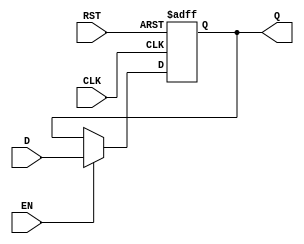
module InputRegister #(
    parameter WIDTH = 8 // Parameter to define the width of the register
)(
    input wire [WIDTH-1:0] D,     // Data input
    input wire CLK,                // Clock input
    input wire RST,                // Reset input
    input wire EN,                 // Enable input
    output reg [WIDTH-1:0] Q       // Data output
);

// Asynchronous reset behavior
always @(posedge CLK or posedge RST) begin
    if (RST) begin
        Q <= {WIDTH{1'b0}}; // Clear the register to zero
    end else if (EN) begin
        Q <= D; // Capture the data input on clock edge if enabled
    end
end

endmodule